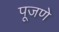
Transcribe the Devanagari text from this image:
पूजणे